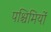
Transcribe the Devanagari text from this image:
पश्चिमियों